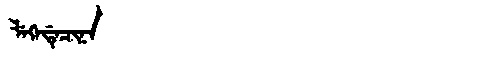
Manchu: ᠯᡝᡴᡝᡩᡝᠴᡳᠨᠠ
Romanization: LEKEDECINA